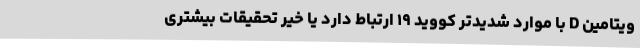
ویتامین D با موارد شدیدتر کووید ۱۹ ارتباط دارد یا خیر تحقیقات بیشتری